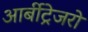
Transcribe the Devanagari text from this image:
आर्बीट्रेजरों